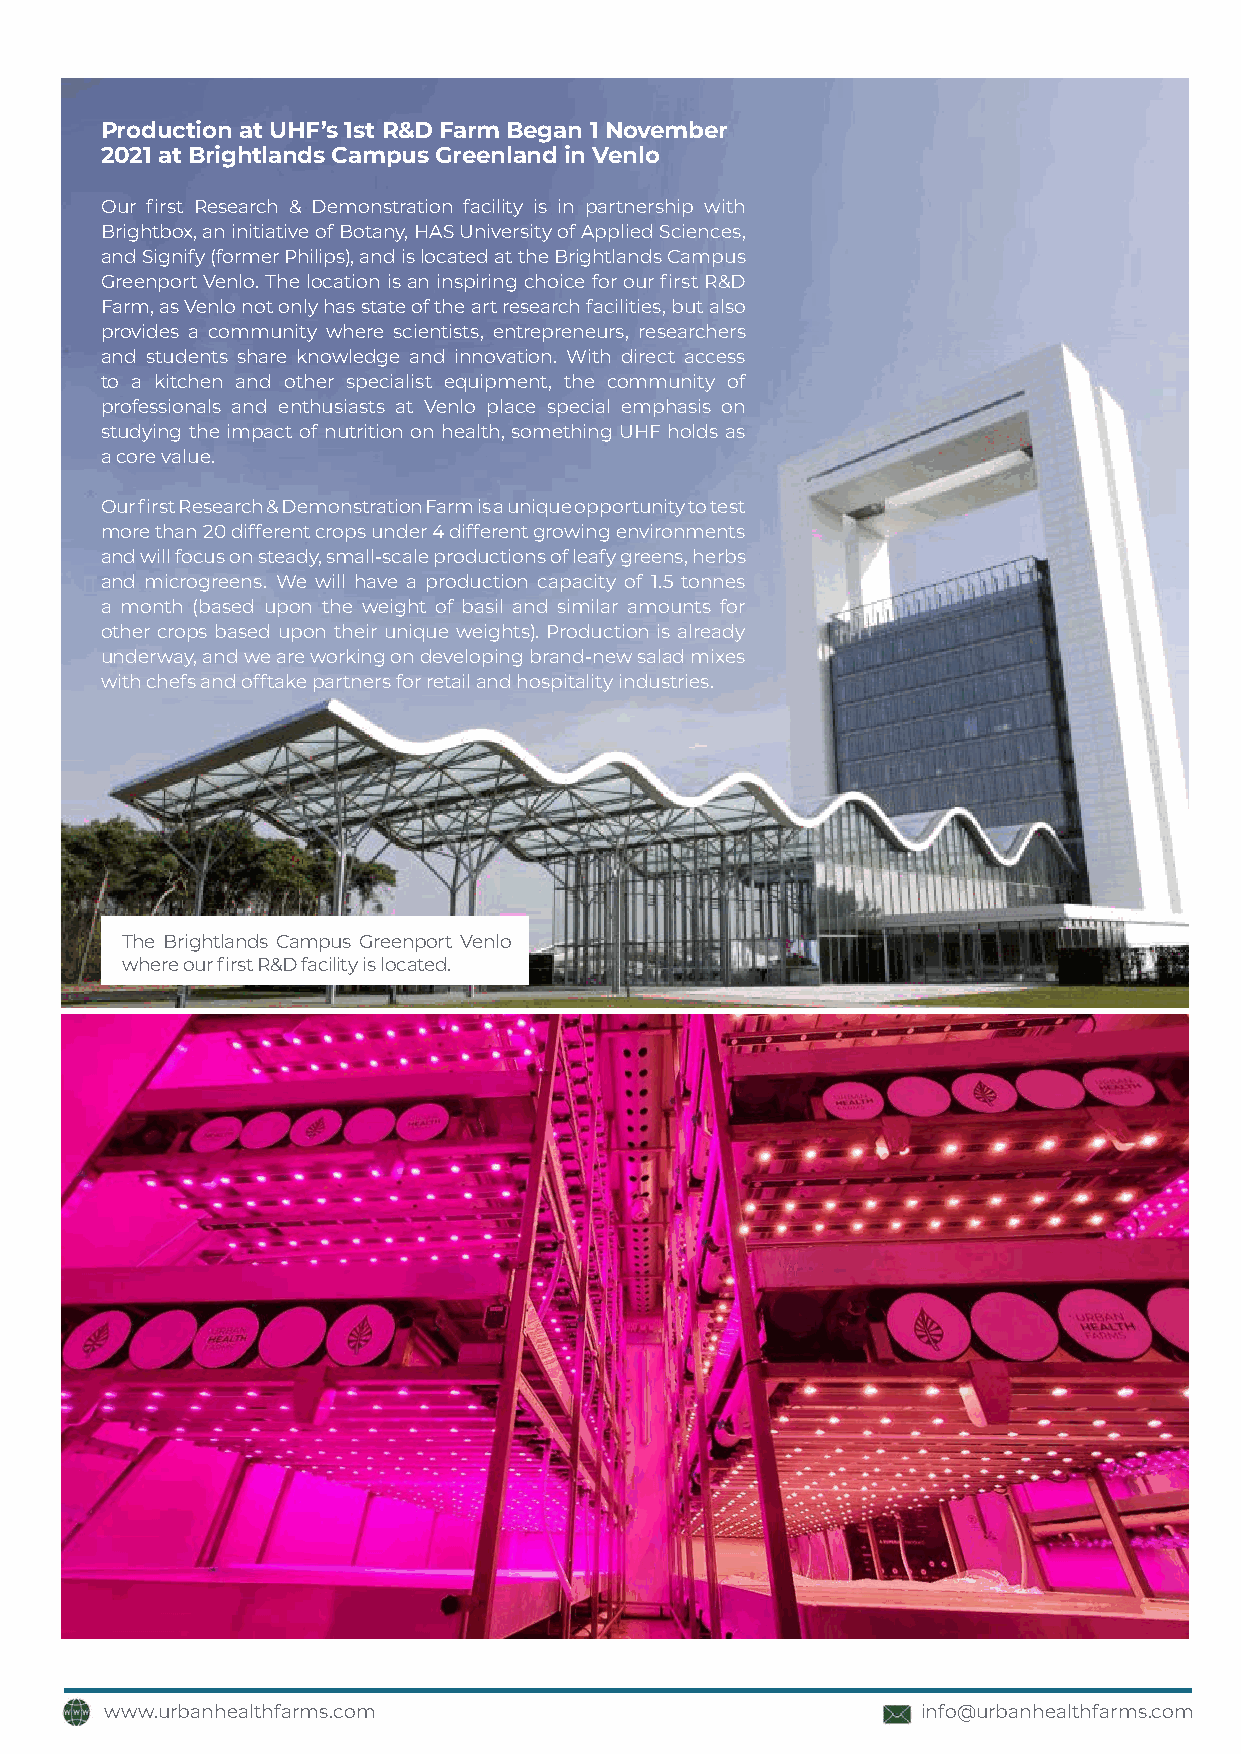
Production at UHF’s 1st R&D Farm Began 1 November
 2021 at Brightlands Campus Greenland in Venlo
 Our first Research & Demonstration facility is in partnership with
 Brightbox, an initiative of Botany, HAS University of Applied Sciences,
 and Signify (former Philips), and is located at the Brightlands Campus
 Greenport Venlo. The location is an inspiring choice for our first R&D
 Farm, as Venlo not only has state of the art research facilities, but also
 provides a community where scientists, entrepreneurs, researchers
 and students share knowledge and innovation. With direct access
 to a kitchen and other specialist equipment, the community of
 professionals and enthusiasts at Venlo place special emphasis on
 studying the impact of nutrition on health, something UHF holds as
 a core value.
 Our first Research & Demonstration Farm is a unique opportunity to test
 more than 20 different crops under 4 different growing environments
 and will focus on steady, small-scale productions of leafy greens, herbs
 and microgreens. We will have a production capacity of 1.5 tonnes
 a month (based upon the weight of basil and similar amounts for
 other crops based upon their unique weights). Production is already
 underway, and we are working on developing brand-new salad mixes
 with chefs and offtake partners for retail and hospitality industries.
 The Brightlands Campus Greenport Venlo
 where our first R&D facility is located.
 www.urbanhealthfarms.com                              info@urbanhealthfarms.com